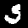
Digit: 5